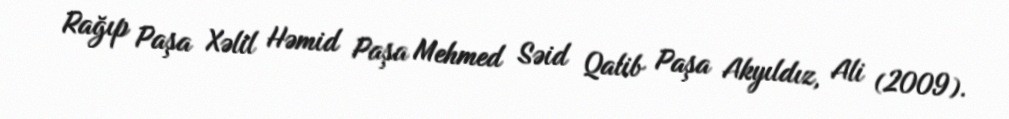
Rağıp Paşa Xəlil Həmid Paşa Mehmed Səid Qalib Paşa Akyıldız, Ali (2009).